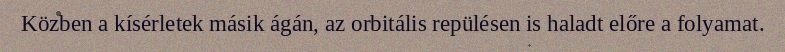
Közben a kísérletek másik ágán, az orbitális repülésen is haladt előre a folyamat.